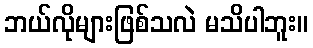
ဘယ်လိုများဖြစ်သလဲ မသိပါဘူး။